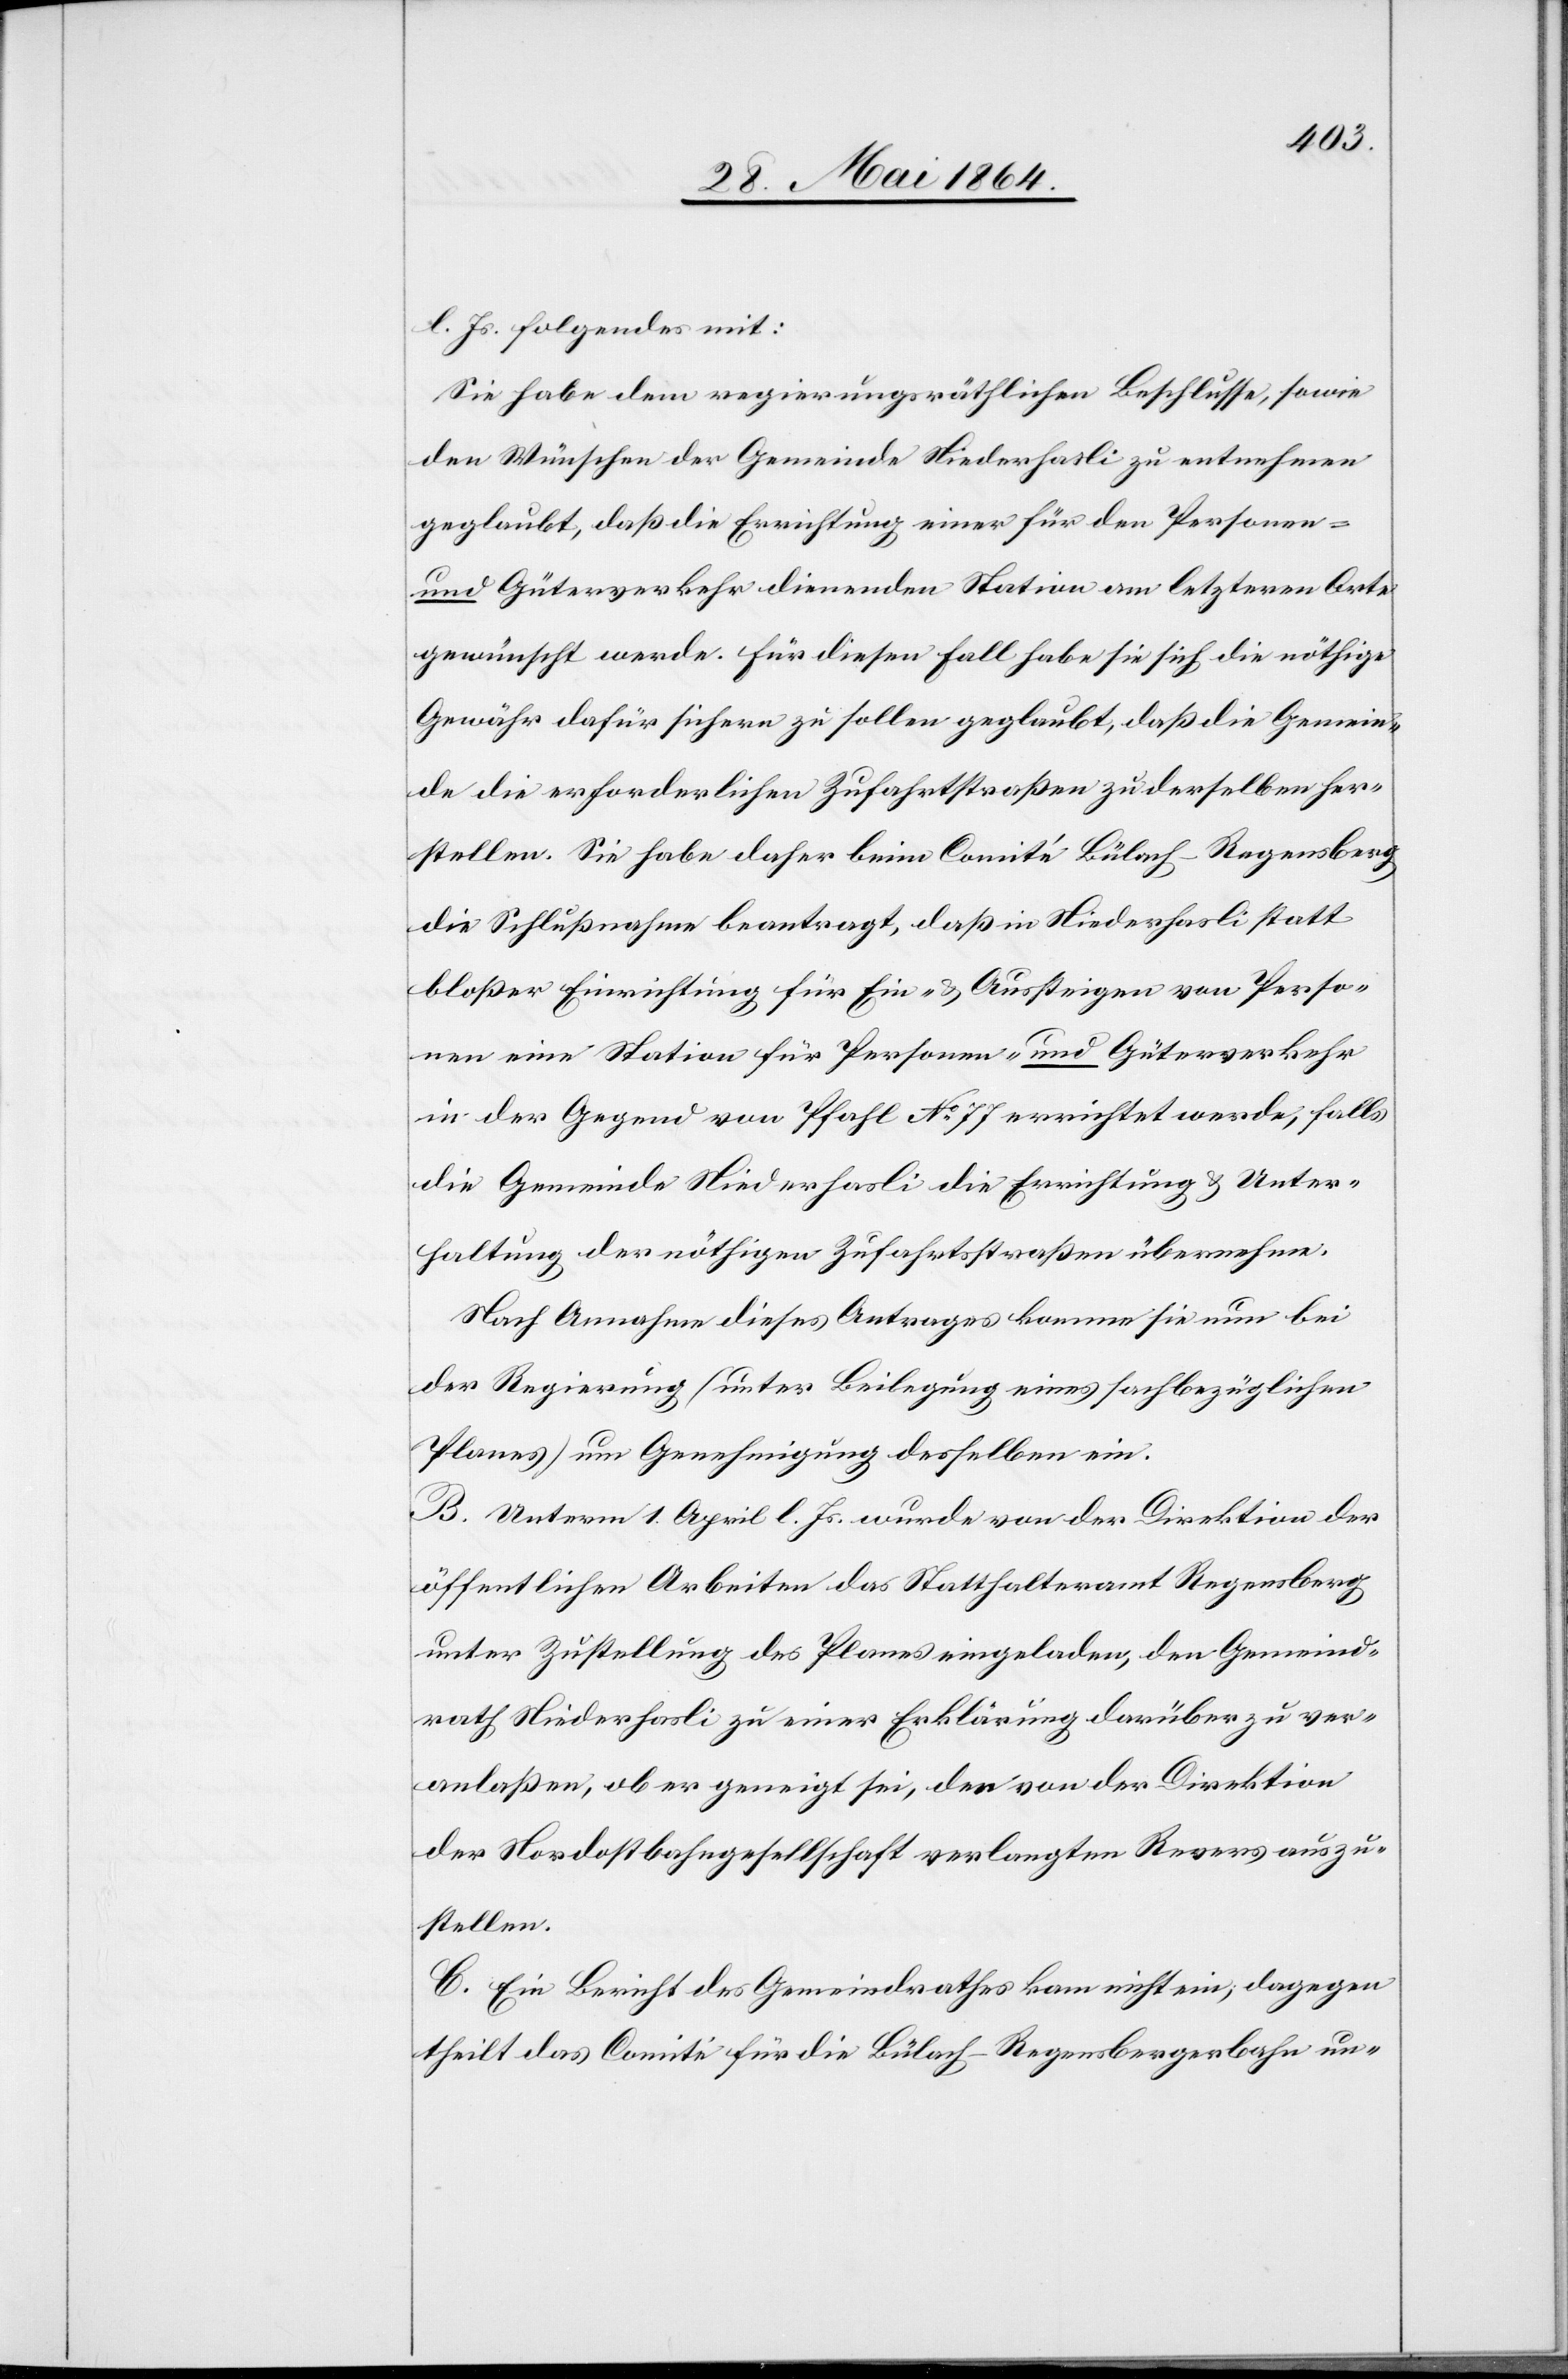
l. Js. folgendes mit:
Sie habe dem regierungsräthlichen Beschlusse, sowie
den Wünschen der Gemeinde Niederhasli zu entnehmen
geglaubt, daß die Errichtung einer für den Personen-
und Güterverkehr dienenden Station am letzteren Orte
gewünscht werde. Für diesen Fall habe sie sich die nöthige
Gewähr dafür sichern zu sollen geglaubt, daß die Gemein¬
de die erforderlichen Zufahrtstraßen zu derselben her¬
stellen [sic!]. Sie habe daher beim Comité Bülach–Regensberg
die Schlußnahme beantragt, daß in Niederhasli statt
bloßer Einrichtung für Ein- u. Aussteigen von Perso¬
nen eine Station für Personen- und Güterverkehr
in der Gegend von Pfahl No 77 errichtet werde, falls
die Gemeinde Niederhasli die Errichtung u. Unter¬
haltung der nöthigen Zufahrtsstraßen übernehme.
Nach Annahme dieses Antrages komme sie nun bei
der Regierung (unter Beilegung eines sachbezüglichen
Planes) um Genehmigung desselben ein.
B. Unterm 1. April l. Js. wurde von der Direktion der
öffentlichen Arbeiten das Statthalteramt Regensberg
unter Zustellung des Planes eingeladen, den Gemeind¬
rath Niederhasli zu einer Erklärung darüber zu ver¬
anlaßen, ob er geneigt sei, den von der Direktion
der Nordostbahngesellschaft verlangten Revers auszu¬
stellen.
C. Ein Bericht des Gemeindrathes kam nicht ein, dagegen
theilt das Comité für die Bülach–Regensbergerbahn un-